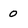
Character: 0